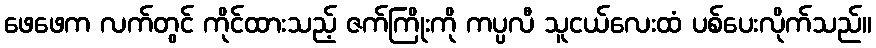
ဖေဖေက လက်တွင် ကိုင်ထားသည့် ဇက်ကြိုးကို ကပ္ပလီ သူငယ်လေးထံ ပစ်ပေးလိုက်သည်။